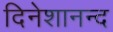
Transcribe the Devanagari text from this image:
दिनेशानन्द